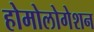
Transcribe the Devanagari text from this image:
होमोलोगेशन